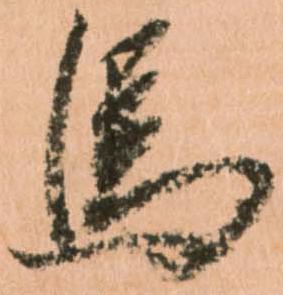
馬